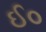
ઈ૦